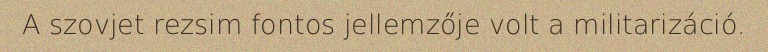
A szovjet rezsim fontos jellemzője volt a militarizáció.